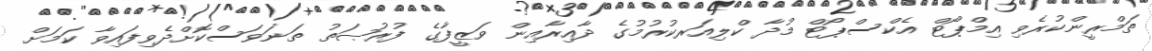
ތަމްރީންކުރެވި އިމްޕޯޓް އެކްސްޕޯޓް މުދާ ކްލިއަރކުރުމުގެ ދާއިރާއިން ވަޒީފާގެ ފުރުޞަތު ތަނަވަސްކޮށްދެވިފައިވާ ކަމަށް